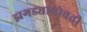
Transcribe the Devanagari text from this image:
झगड्याभोवती